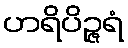
ဟရိပိဉ္ဇရံ